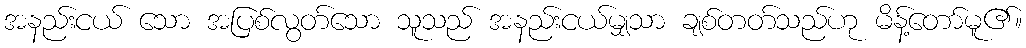
အနည်းငယ် သော အပြစ်လွတ်သော သူသည် အနည်းငယ်မျှသာ ချစ်တတ်သည်ဟု မိန့်တော်မူ၏။